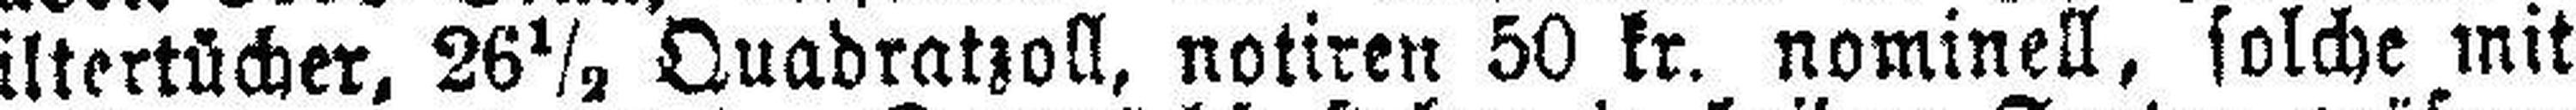
Filtertücher, 26½ Quadratzoll, notiren 50 kr. nominell, solche mit